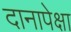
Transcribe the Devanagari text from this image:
दानापेक्षा